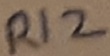
Text: R12